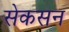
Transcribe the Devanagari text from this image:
सेकसन